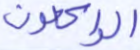
الراكعون